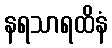
နရသာရထိနံ